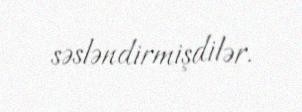
səsləndirmişdilər.